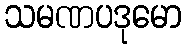
သမဏပဒုမော